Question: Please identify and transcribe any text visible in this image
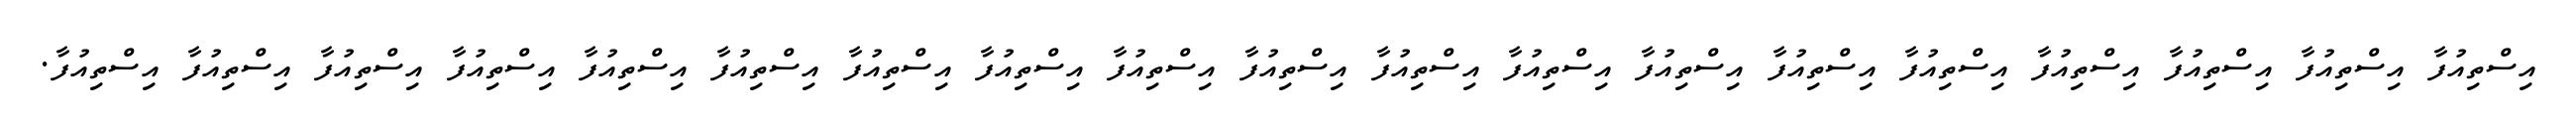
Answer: އިސްތިއުފާ އިސްތިއުފާ އިސްތިއުފާ އިސްތިއުފާ އިސްތިއުފާ އިސްތިއުފާ އިސްތިއުފާ އިސްތިއުފާ އިސްތިއުފާ އިސްތިއުފާ އިސްތިއުފާ އިސްތިއުފާ އިސްތިއުފާ އިސްތިއުފާ އިސްތިއުފާ އިސްތިއުފާ އިސްތިއުފާ އިސްތިއުފާ އިސްތިއުފާ.